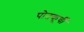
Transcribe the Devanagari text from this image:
पोतकूर्ची